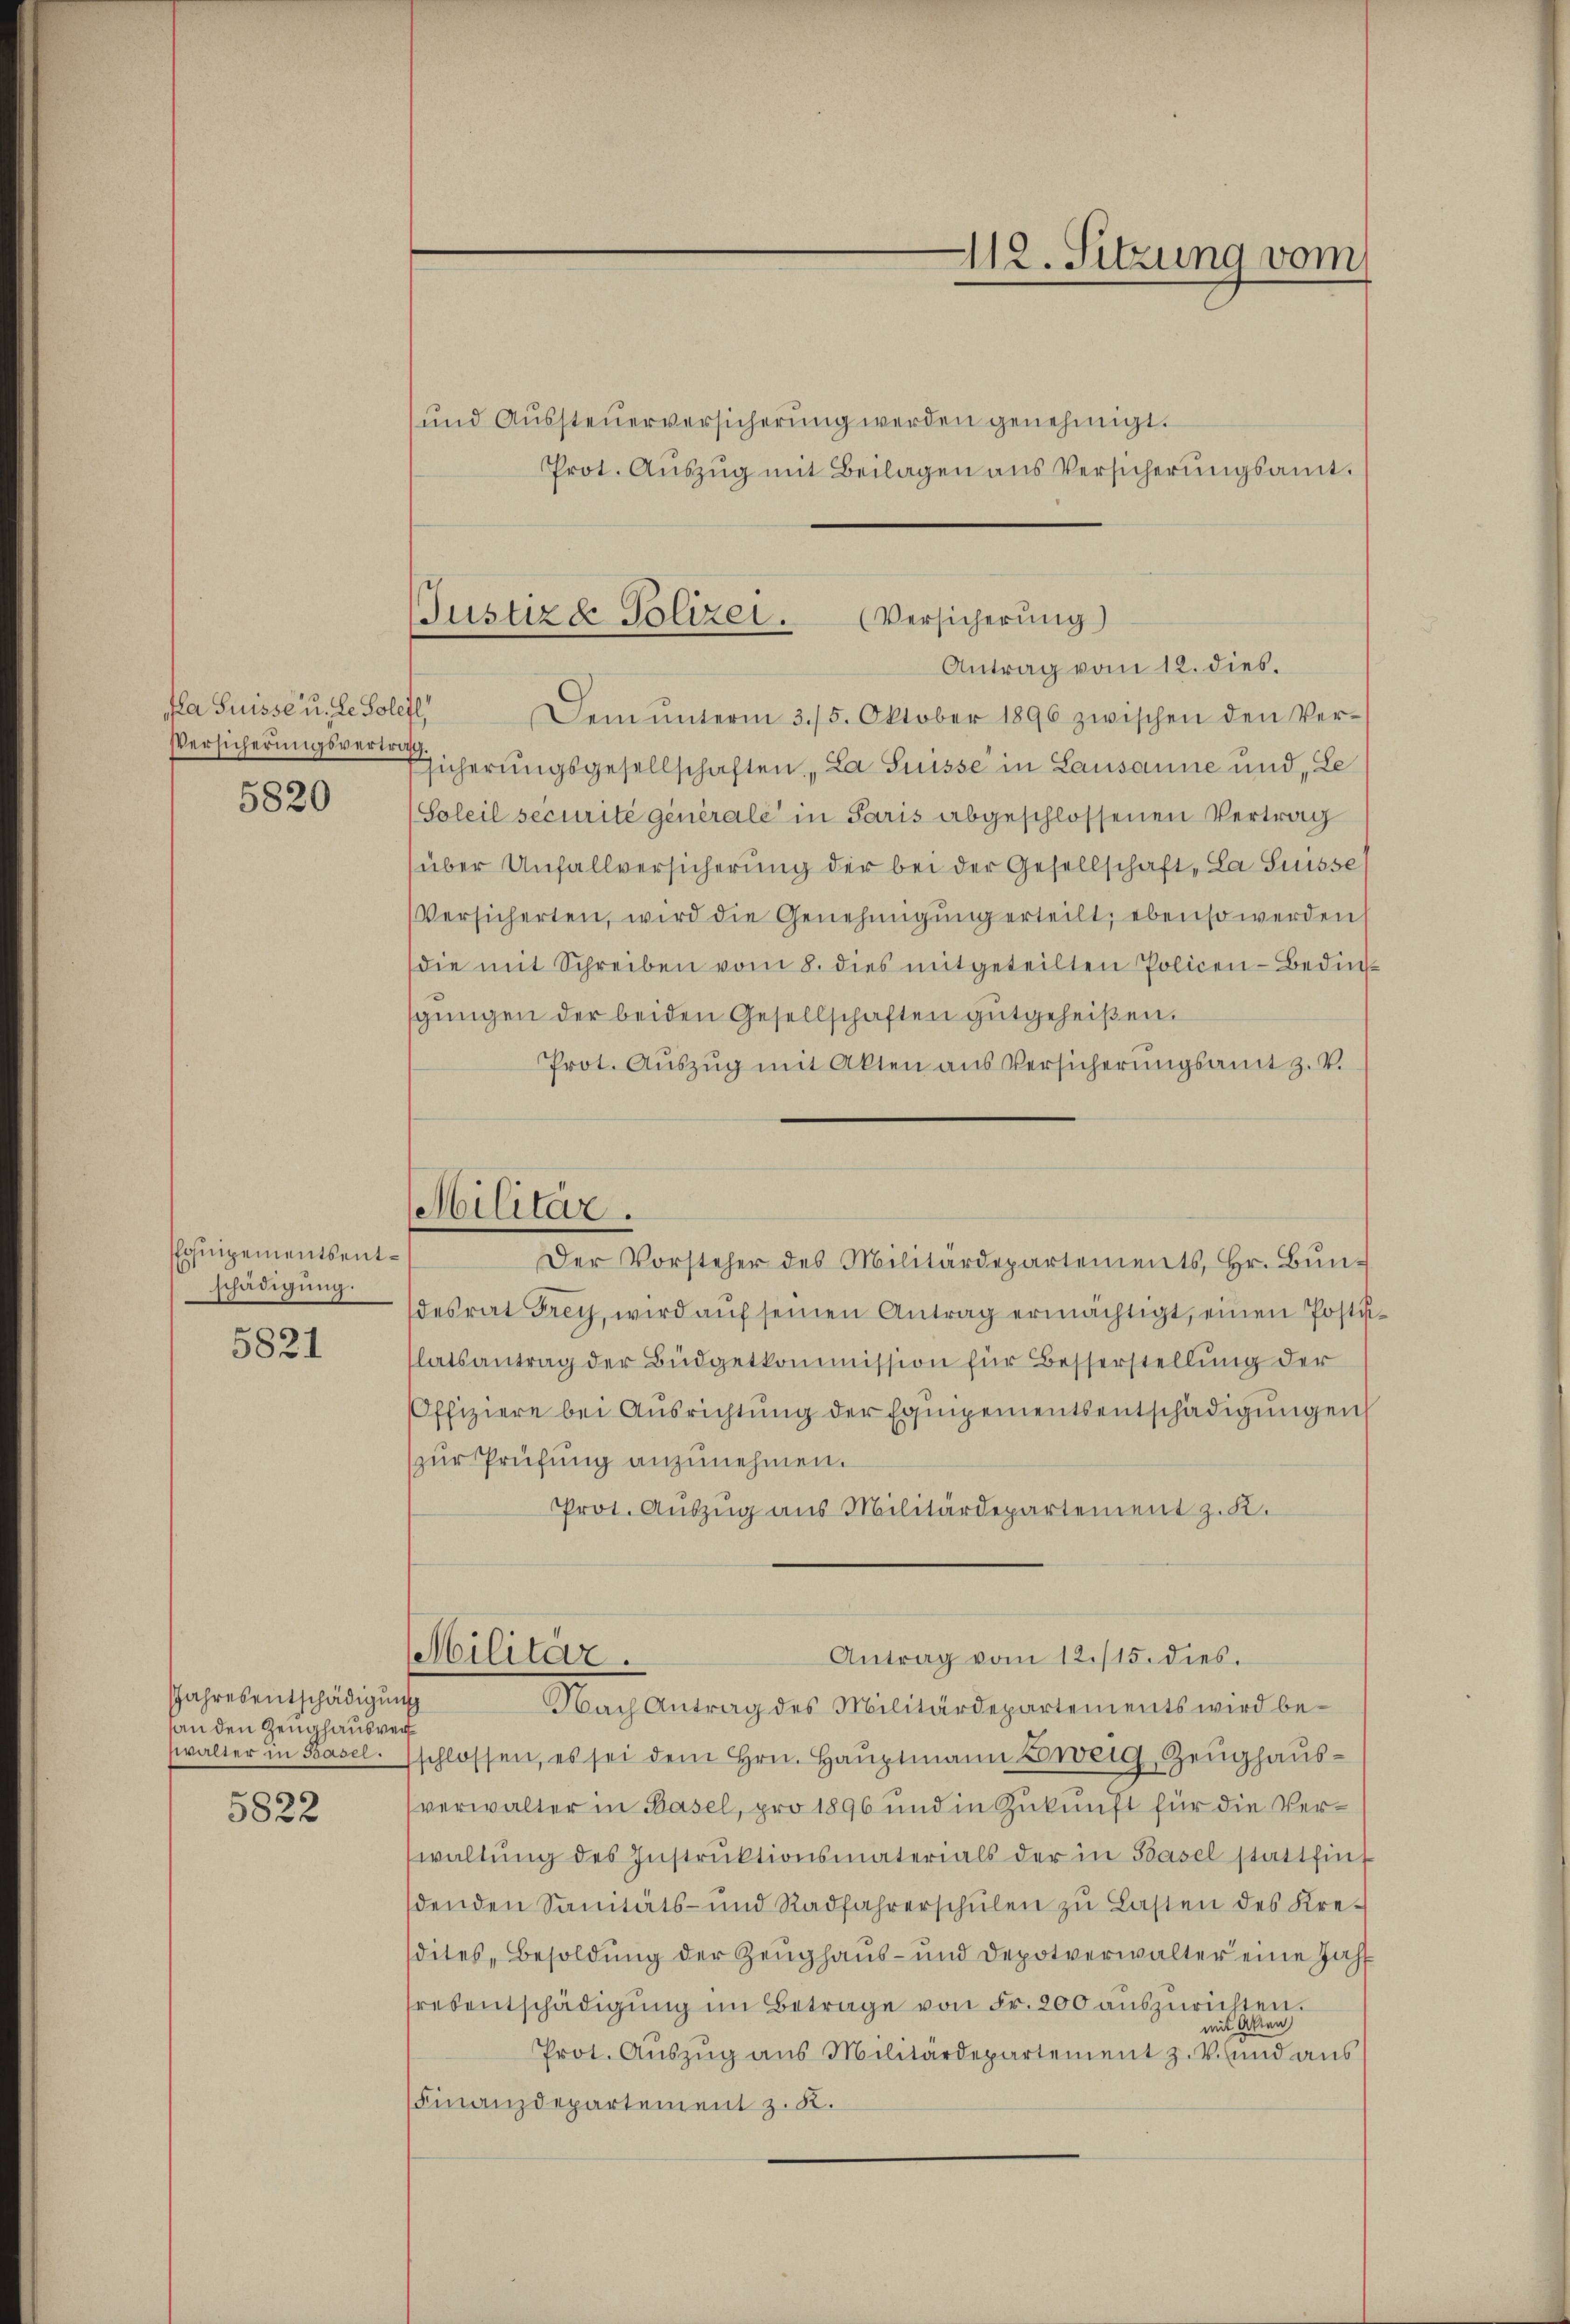
a Suisse u. de. Solefl,
Versicherungsvertrag

5820

Equipementsentschädigung.

5821

Jahresentschädigung
an den Zeughausver
walter in Basel.

5822

Dem ŭnterm 3./5. Oktober 1896 zwischen den Ver-
icherungsgesellschaften „La Suisse in Lausanne und, Le
(Soleil securité générale in Paris abgeschlossenen Vertrag
über Unfallversicherung der bei der Gesellschaft, La Suisse
Versicherten, wird die Genehmigŭng erteilt; ebenso werden
die mit Schreiben vom 8. dies mitgeteilten Policen-Bedin
sgŭngen der beiden Gesellschaften gutgeheißen.
Prot. Aŭszŭg mit Akten aus Versicherŭngsamt z. V.
desrat Frey, wird aŭf seinen Antrag ermächtigt, einen Postis
latsantrag der Büdgetkommission für Besserstellung der
Offiziere bei Ausrichtung der Equipementsentschädigŭngen
(zur Prüfung anzunehmen.
Prot. Auszug aus Militärdepartement z. K.
Militär.
Antrag vom 12./15. dies.
Nach Antrag des Militärdepartements wird be-
sschlossen, es sei dem Hrn. Haŭptmann Zweig Zeŭghaŭs-
verwalter in Basel, pro 1896 und in Zukunft für die Verwaltŭng des Instrŭktionsmaterials der in Basel stattfin
denden Sanitäts- und Radfahrerschŭlen zŭ Lasten des Kre-
sdites, Besoldŭng der Zeŭghaŭs- und Depotverwalter eine Zahl
resentschädigŭng im Betrage von Fr. 200 auszurichten.
mit Alten
Prot. Aŭszŭg ans Militärdepartement z. v. und aŭs
(Finanzdepartement z. K.

und Aussteŭerversicherung werden genehmigt.
Prot. Aŭszŭg mit Beilagen ans Versicherŭngsamt.

112. Sitzung vom

Justiz & Polizei. (Versicherung)
Antrag vom 12. dies.

Militär.
Der Vorsteher des Militärdepartements, Hr. Bun¬